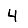
Digit: 4